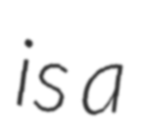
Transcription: is a